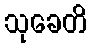
သုခေတိ